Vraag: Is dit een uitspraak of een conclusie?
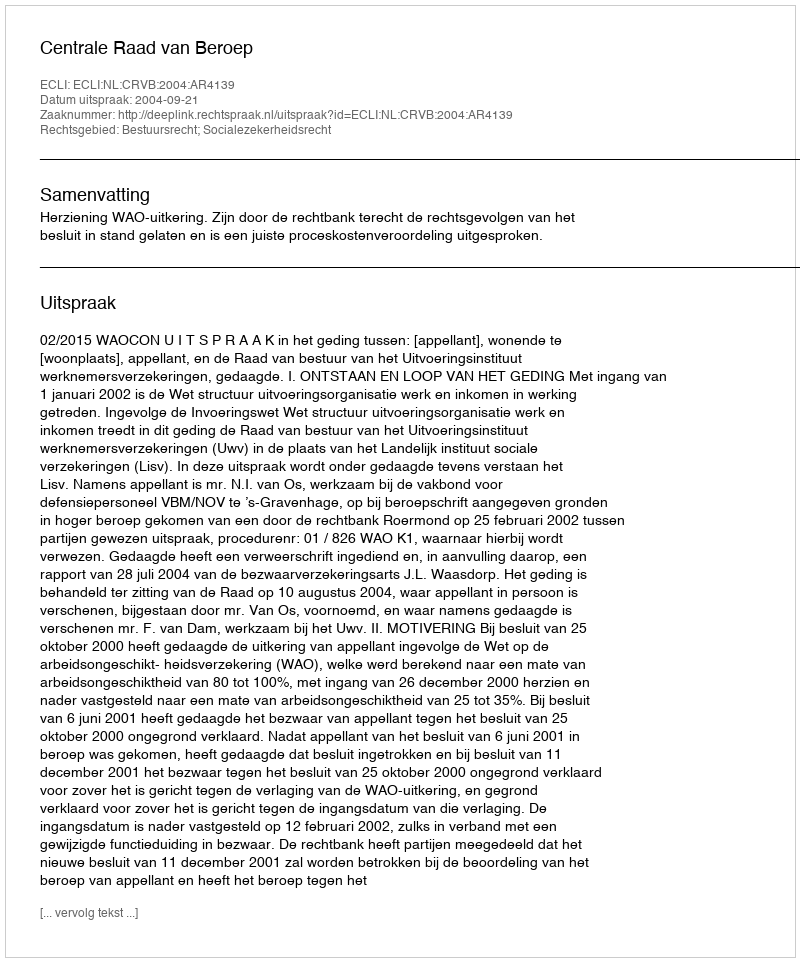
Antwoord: Uitspraak